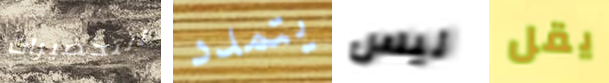
التحضيرات يتمدد ليس يقل